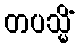
တပသ္မိံ